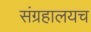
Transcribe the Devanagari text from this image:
संग्रहालयच